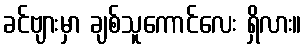
ခင်ဗျားမှာ ချစ်သူကောင်လေး ရှိလား။